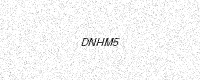
Text: DNHM5